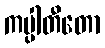
ကပ္ပါတီတော